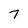
Character: 7